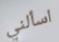
اسألني